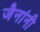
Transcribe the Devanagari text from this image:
जैनांनी